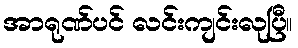
အာရုဏ်ပင် လင်းကျင်းလုပြီ။